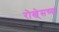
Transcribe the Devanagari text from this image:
रोखे्सच्या